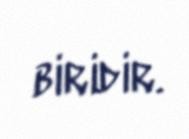
biridir.